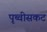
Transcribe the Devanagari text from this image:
पृथ्वीसकट